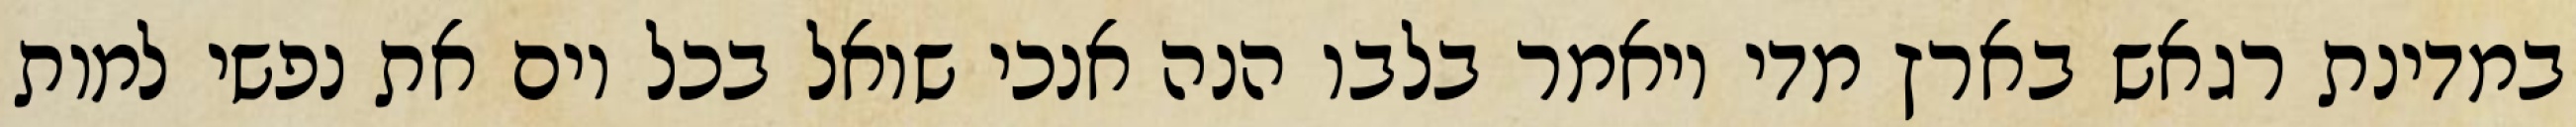
במדינת רגאש בארץ מדי ויאמר בלבו הנה אנכי שואל בכל יום את נפשי למות